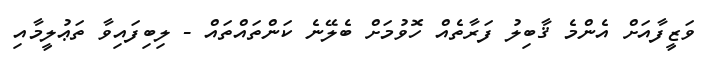
ވަޒީފާއަށް އެންމެ ޤާބިލު ފަރާތެއް ހޮވުމަށް ބެލޭނެ ކަންތައްތައް - ލިބިފައިވާ ތަޢުލީމާއި